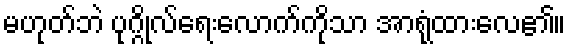
မဟုတ်ဘဲ ပုဂ္ဂိုလ်ရေးလောက်ကိုသာ အာရုံထားလေ၏။